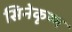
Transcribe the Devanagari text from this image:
सिनेकृष्ण